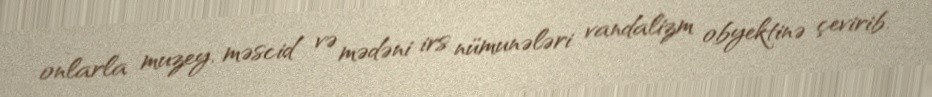
onlarla muzey, məscid və mədəni irs nümunələri vandalizm obyektinə çevirib.